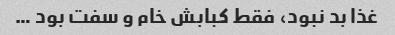
غذا بد نبود، فقط کبابش خام و سفت بود …